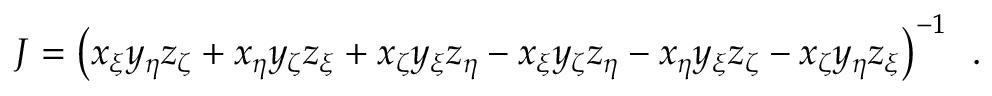
J = \left( x _ { \xi } y _ { \eta } z _ { \zeta } + x _ { \eta } y _ { \zeta } z _ { \xi } + x _ { \zeta } y _ { \xi } z _ { \eta } - x _ { \xi } y _ { \zeta } z _ { \eta } - x _ { \eta } y _ { \xi } z _ { \zeta } - x _ { \zeta } y _ { \eta } z _ { \xi } \right) ^ { - 1 } \, \mathrm { ~ . ~ }